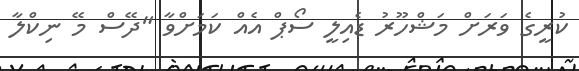
ކުރީގެ ވަރަށް މަޝްހޫރު ޑެއިލީ ސޯޕް އެއް ކަމަށްވާ "ދޭސް މޭ ނިކްލާ